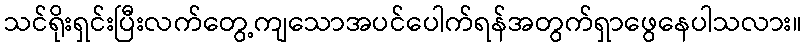
သင်ရိုးရှင်းပြီးလက်တွေ့ကျသောအပင်ပေါက်ရန်အတွက်ရှာဖွေနေပါသလား။